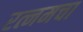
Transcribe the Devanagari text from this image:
रत्नमचा